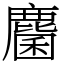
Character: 麕